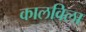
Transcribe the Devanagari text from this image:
कालविला